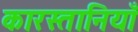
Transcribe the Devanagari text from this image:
कारस्तानियाँ